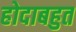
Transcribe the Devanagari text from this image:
होदाबहुत